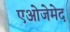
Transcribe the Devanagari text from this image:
एओजेमेद